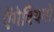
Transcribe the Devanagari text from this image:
ऐंगेवियनों